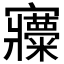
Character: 𡬍